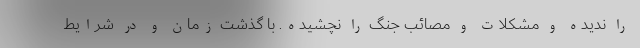
را ندیده و مشکلات و مصائب جنگ را نچشیده. با گذشت زمان و در شرایط